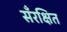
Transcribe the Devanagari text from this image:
सँरक्षित